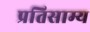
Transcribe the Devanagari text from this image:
प्रतिसाम्य